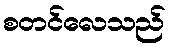
စတင်လေသည်